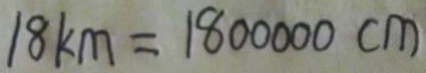
1 8 k m = 1 8 0 0 0 0 0 c m